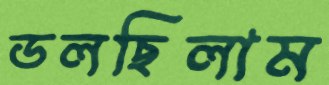
ডলছিলাম